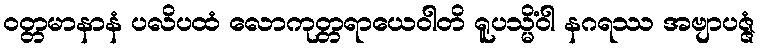
ဝတ္တမာနာနံ ပလိပထံ လောကုတ္တရာယေဝါတိ ရူပသ္မိံဝါ နဂရဿ အဗျာပဇ္ဇံ